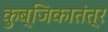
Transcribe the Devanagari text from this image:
कुब्जिकातंत्र